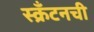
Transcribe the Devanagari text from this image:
स्क्रँटनची